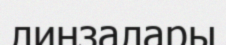
линзалары